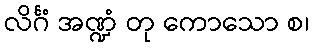
လိင်္ဂံ အဏ္ဍံ တု ကောသော စ၊